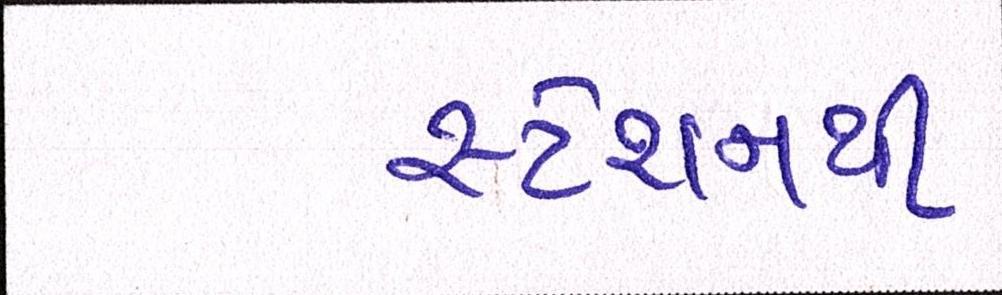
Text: સ્ટેશનથી